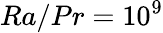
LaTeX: Ra/Pr=10^{9}